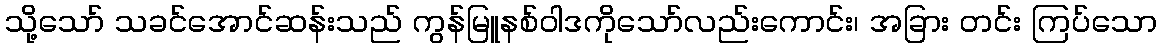
သို့သော် သခင်အောင်ဆန်းသည် ကွန်မြူနစ်ဝါဒကိုသော်လည်းကောင်း၊ အခြား တင်း ကြပ်သော